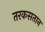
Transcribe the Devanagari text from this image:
तरकसतान